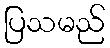
ပြသမည်